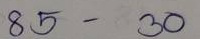
85 - 30